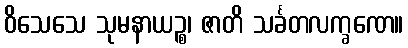
ဝိသေသေ သုမနာယဉ္စ၊ ဇာတိ သင်္ခတလက္ခဏေ။